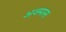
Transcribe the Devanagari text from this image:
अजमास